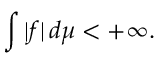
\int | f | \, d \mu < + \infty .